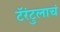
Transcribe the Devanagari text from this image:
टॅरंटुलाचं